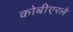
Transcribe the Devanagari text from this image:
कोबीएरले